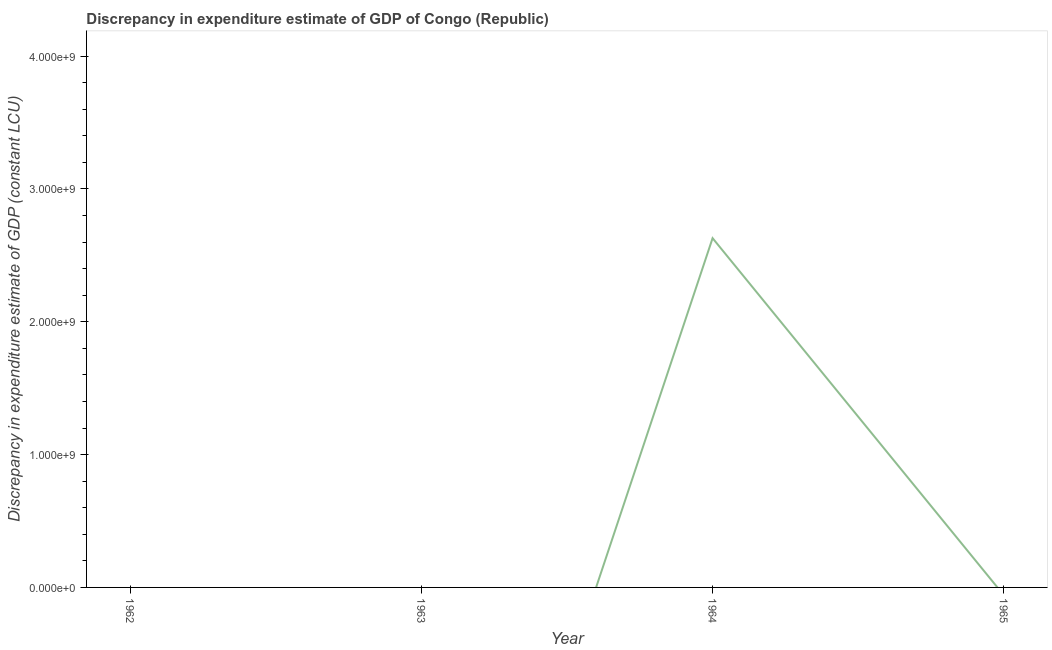
| Year | Discrepancy constant LCU |
 | --- | --- |
 | 1962 | -2.86e+10 |
 | 1963 | -3.94e+09 |
 | 1964 | 2.63e+09 |
 | 1965 | -5.87e+07 |